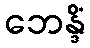
ဘေန္ဒိံ